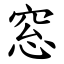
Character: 窓